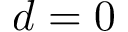
d = 0